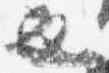
也